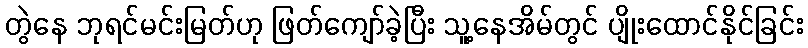
တွဲနေ ဘုရင်မင်းမြတ်ဟု ဖြတ်ကျော်ခဲ့ပြီး သူ့နေအိမ်တွင် ပျိုးထောင်နိုင်ခြင်း